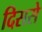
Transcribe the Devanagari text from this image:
दिससे